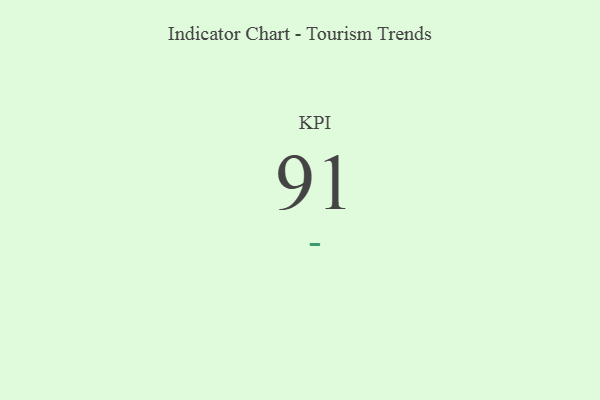
{"axis": {"x": "KPI", "y": "Value"}, "legend": [""], "data": [{"x": "KPI", "y": 91, "type": ""}]}